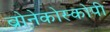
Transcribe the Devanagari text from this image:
ब्रोनेकोस्कोपी